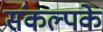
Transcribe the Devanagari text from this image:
संकल्पके